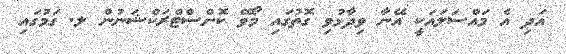
އަދި އެ މައްސަލައަކީ އޭނާ ވިދާޅުވި ގޮތުގައި މޯވޭ ކޮންސްޓްރަކްޝަނުން ލ. ގަމުގައި